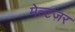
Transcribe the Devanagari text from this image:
मेल्टज़र